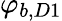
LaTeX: \varphi_{b,D1}